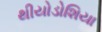
થીયોડોશિયા